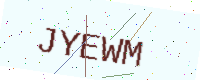
Text: JYEWM